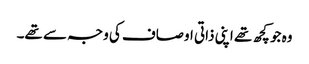
وہ جو کچھ تھے اپنی ذاتی اوصاف کی وجہ سے تھے۔